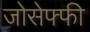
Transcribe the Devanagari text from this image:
जोसेफ्फी